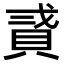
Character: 𧵸